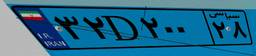
۱۸D۴۵۰۶۹